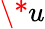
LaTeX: \* u